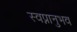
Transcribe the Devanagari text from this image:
स्वप्नानुभव